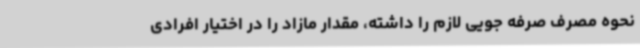
نحوه مصرف صرفه جویی لازم را داشته، مقدار مازاد را در اختیار افرادی